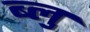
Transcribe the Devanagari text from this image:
ब्‍लु